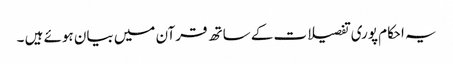
یہ احکام پوری تفصیلات کے ساتھ قرآن میں بیان ہوئے ہیں ۔